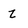
Character: z